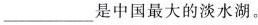
___是中国最大的淡水湖。